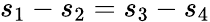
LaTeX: s_{1}-s_{2}=s_{3}-s_{4}